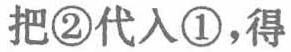
把\textcircled{2}代入\textcircled{1},得